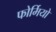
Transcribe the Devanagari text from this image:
फोर्मियो